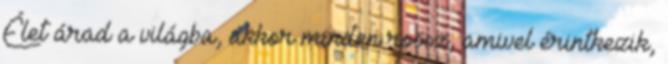
Élet árad a világba, akkor minden rossz, amivel érintkezik,